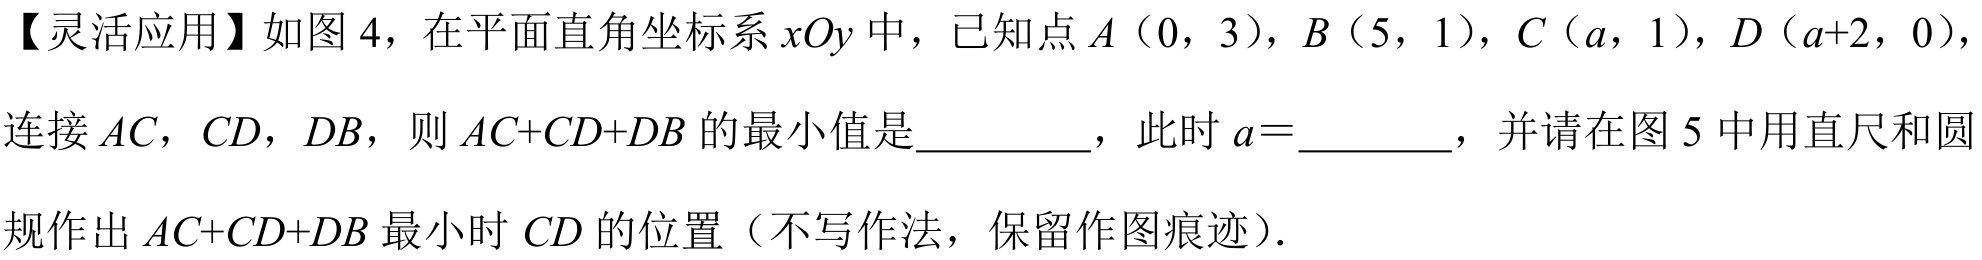
【灵活应用】如图 4，在平面直角坐标系 \(xOy\) 中，已知点 \(A\)（0，3），\(B\)（5，1），\(C\)（\(a\)，1），\(D\)（\(a + 2\)，0），连接 \(AC\)，\(CD\)，\(DB\)，则 \(AC + CD+DB\) 的最小值是__________，此时 \(a =\)________，并请在图 5 中用直尺和圆规作出 \(AC + CD+DB\) 最小时 \(CD\) 的位置（不写作法，保留作图痕迹）．